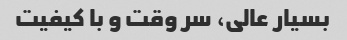
بسیار عالی، سر وقت و با کیفیت